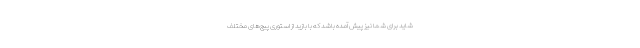
شاید برای شما نیز پیش آمده باشد که با بازید از استوری پیج‌های مختلف